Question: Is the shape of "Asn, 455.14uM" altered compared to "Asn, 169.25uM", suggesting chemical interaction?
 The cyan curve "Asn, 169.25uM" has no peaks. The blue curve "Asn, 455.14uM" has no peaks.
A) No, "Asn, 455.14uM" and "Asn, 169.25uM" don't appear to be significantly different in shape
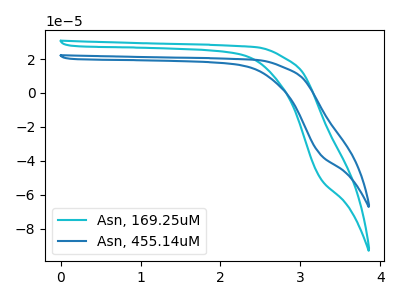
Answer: <think>Neither "Asn, 455.14uM" or "Asn, 169.25uM" have any peaks.
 </think>
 <answer>A) No, "Asn, 455.14uM" and "Asn, 169.25uM" don't appear to be significantly different in shape</answer>
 <eval>A</eval>